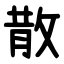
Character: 散